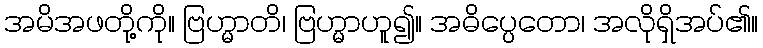
အမိအဖတို့ကို။ ဗြဟ္မာတိ၊ ဗြဟ္မာဟူ၍။ အဓိပ္ပေတော၊ အလိုရှိအပ်၏။